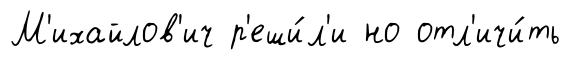
М'ихайлов'ич р'еши́л'и но отл'ичи́ть